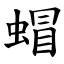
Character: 蝐